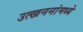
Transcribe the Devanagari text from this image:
उत्खननांमध्ये